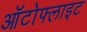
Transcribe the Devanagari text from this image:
ऑटोफ्लाइट